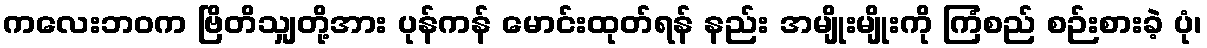
ကလေးဘဝက ဗြိတိသျှတို့အား ပုန်ကန် မောင်းထုတ်ရန် နည်း အမျိုးမျိုးကို ကြံစည် စဉ်းစားခဲ့ ပုံ၊